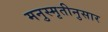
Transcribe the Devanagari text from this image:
मनुस्मृतीनुसार